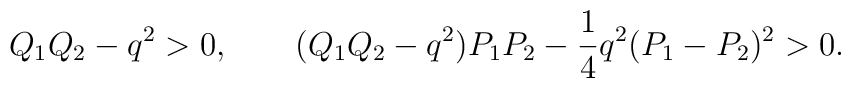
Q_1Q_2-q^2>0,\ \ \ \  \ \ (Q_1Q_2-q^2)P_1P_2- {1\over 4} q^2(P_1-P_2)^2>0.